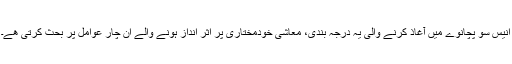
انیس سو پچانوے میں آغاذ کرنے والی یہ درجہ بندی، معاشی خودمختاری پر اثر انداز ہونے والے ان چار عوامل پر بحث کرتی ھے۔